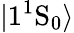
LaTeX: |1^{1}\mathrm{S}_{0}\rangle